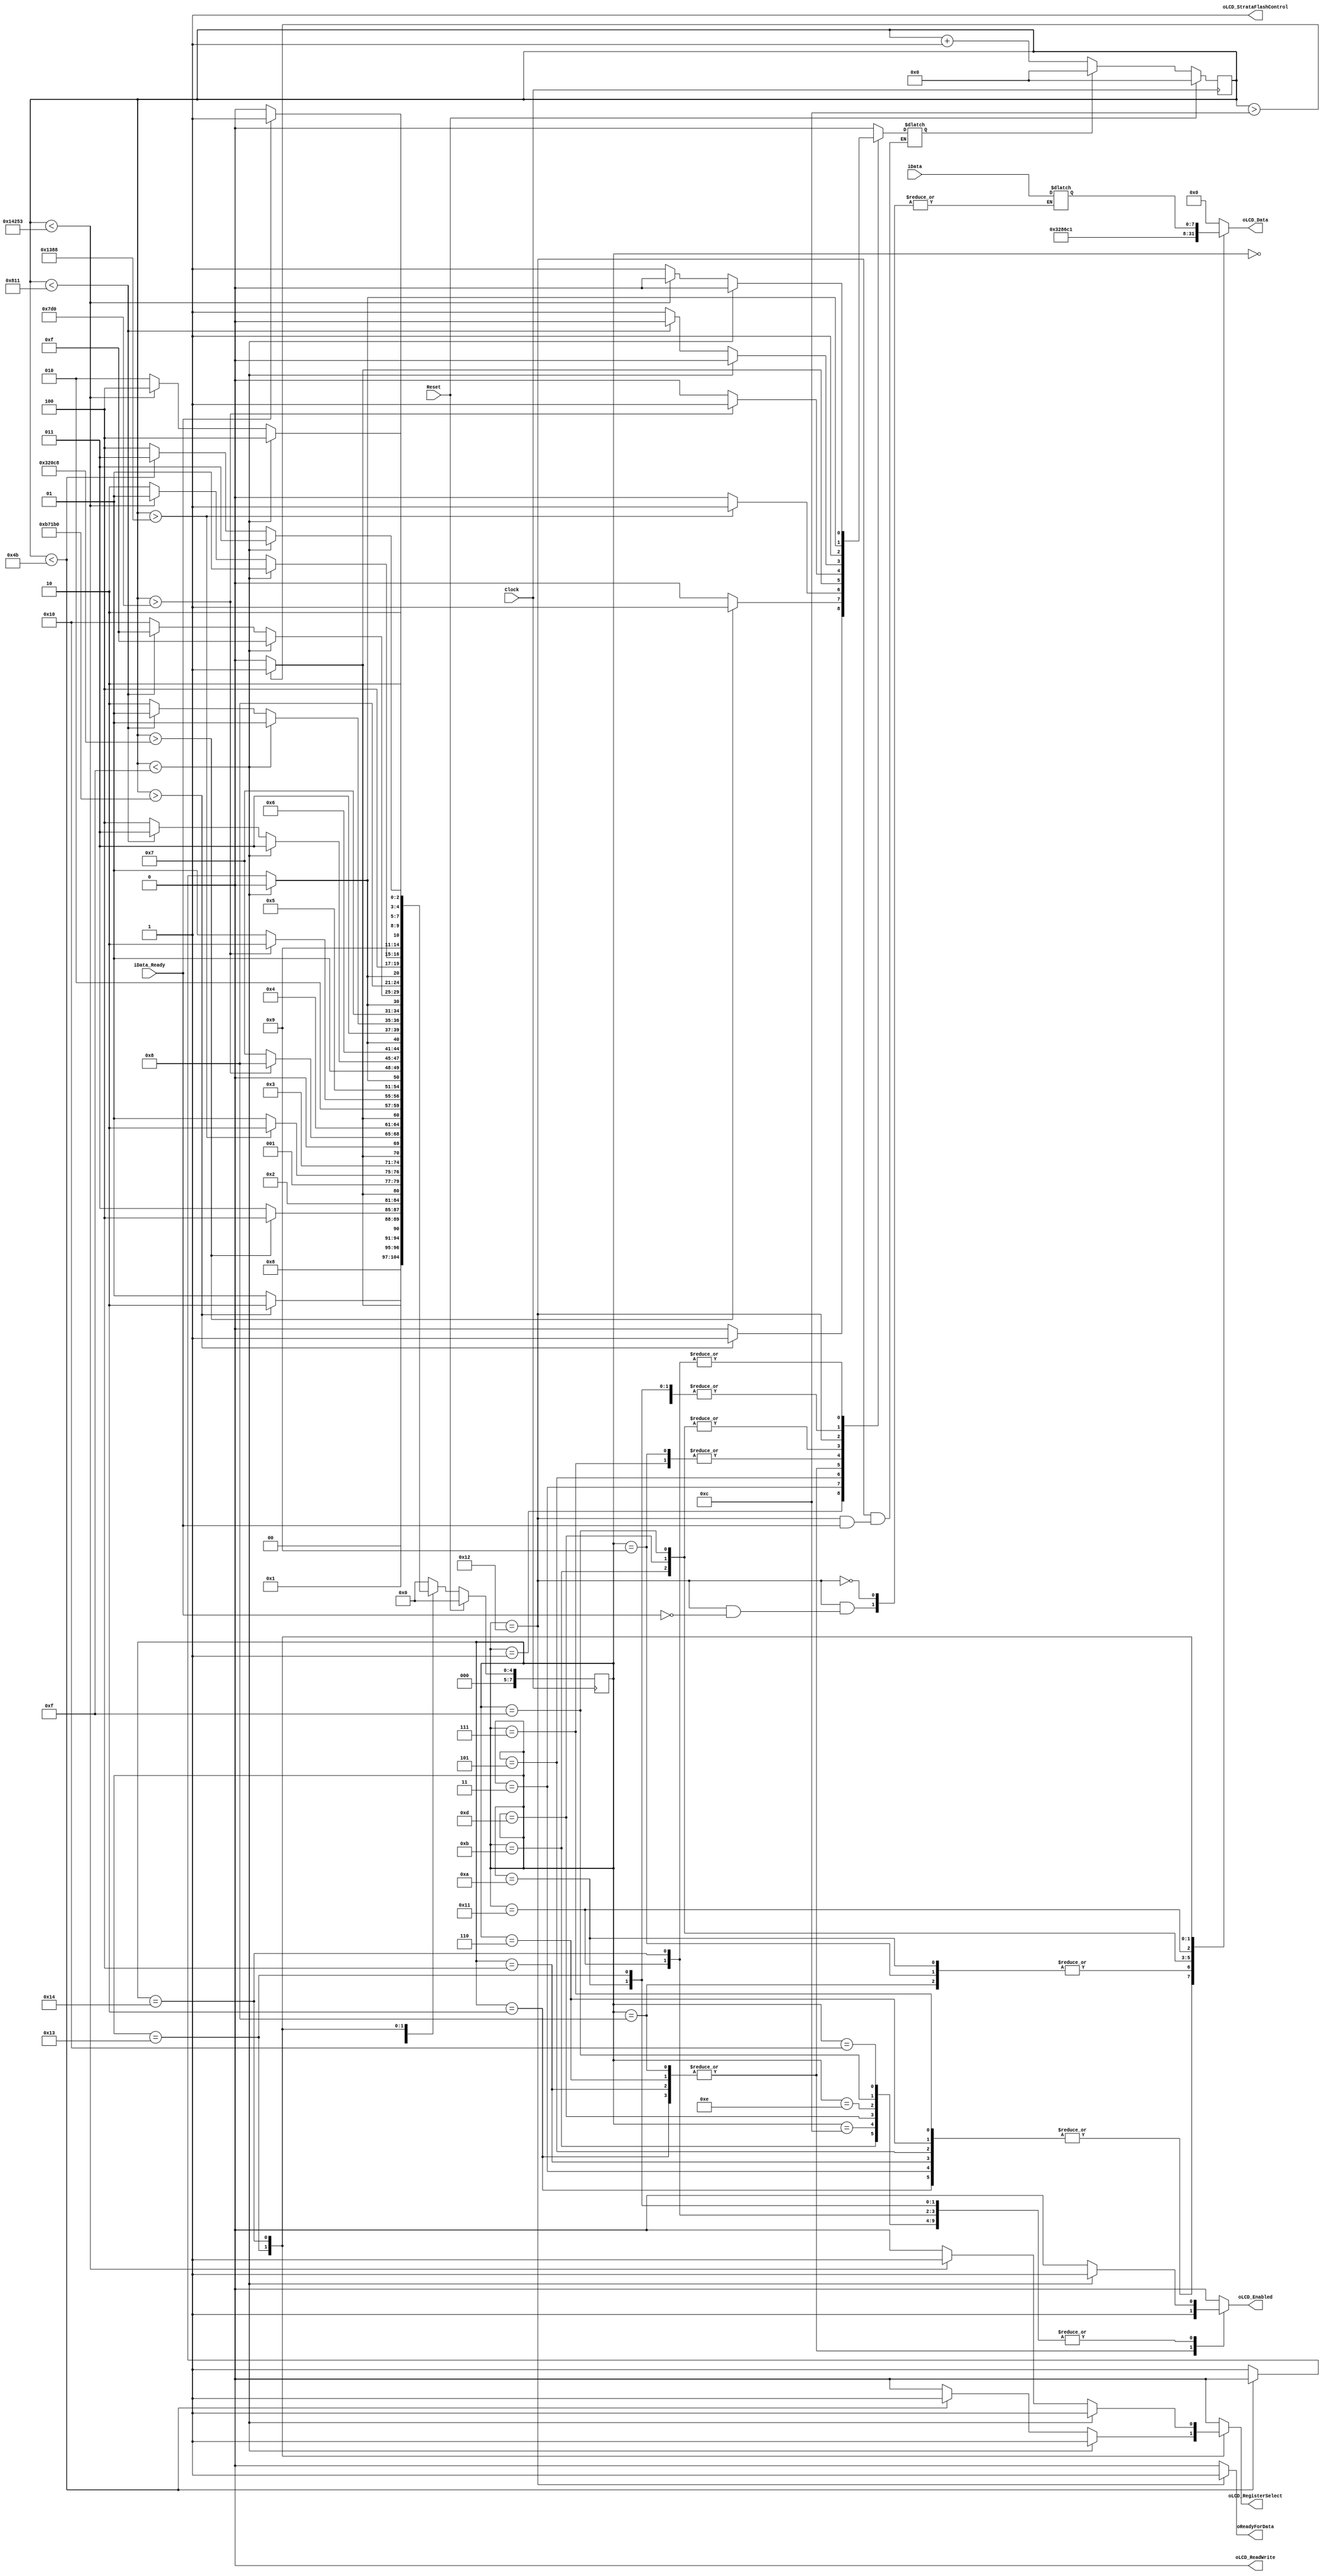
`timescale 1ns / 1ps
`define STATE_RESET 				0
`define STATE_POWERON_INIT_0 		1
`define STATE_POWERON_INIT_1 		2
`define STATE_POWERON_INIT_2 		3
`define STATE_POWERON_INIT_3 		4
`define STATE_POWERON_INIT_4 		5
`define STATE_POWERON_INIT_5 		6
`define STATE_POWERON_INIT_6 		7
`define STATE_POWERON_INIT_7 		8
`define STATE_POWERON_INIT_8 		9
`define FUNCTION_SET_UPPER_BITS		10
`define FUNCTION_SET_LOWER_BITS		11
`define ENTRY_MODE_UPPER_BITS		12
`define ENTRY_MODE_LOWER_BITS		13
`define DISPLAY_CONTROL_UPPER_BITS	14
`define DISPLAY_CONTROL_LOWER_BITS	15
`define DISPLAY_CLEAR_UPPER_BITS	16
`define DISPLAY_CLEAR_LOWER_BITS	17
`define WAIT_FOR_DATA_STATE			18
`define OUTPUT_DATA_UPPER_BITS		19
`define OUTPUT_DATA_LOWER_BITS		20


///////////////////////////////////////////////////////////////////////////////////////////////////////////
///// MODULE: Module_LCD_Control
///////////////////////////////////////////////////////////////////////////////////////////////////////////

module Module_LCD_Control
(
	input wire	 		Clock,							// 	Runs @50MHz
	input wire 			Reset,							// 	Resets state machine, and counter
	output wire 		oLCD_Enabled,					// 	Read/Write Enable Pulse -||- 0: Disabled -||- 1: Read/Write operation enabled
	output reg 			oLCD_RegisterSelect, 			// 	Register Select 0=Command, 1=Data || 0: Instruction register during write operations. Busy Flash during read operations -- 1: Data for read or write operations
	output wire 		oLCD_StrataFlashControl,		//	
	output wire 		oLCD_ReadWrite,					// 	Read/Write Control 0: WRITE, LCD accepts data 1: READ, LCD presents data || ALWAYS WRITE
	output reg[3:0] 	oLCD_Data,						// 	4 BIT Data OutPut to LCD Display
	input wire[7:0]	iData,							// 	8 BIT Data to be shown on the LCD screen
	output reg			oReadyForData,					// 	Flag that indicates wheter or not the controller is ready to print data
	input wire 			iData_Ready						// 	Flag that indicates that the data is ready to be acepted by controller
);


///////////////////////////////////////////////////////////////////////////////////////////////////////////
///// Variables ///////////////////////////////////////////////////////////////////////////////////////////
reg rWrite_Enabled;						// Enable
assign oLCD_ReadWrite = 0; 			// I only Write to the LCD display, never Read from it
assign oLCD_StrataFlashControl = 1; 	// StrataFlash disabled. Full read/write access to LCD
reg [7:0] rCurrentState,rNextState;		// Current and NextState 
reg [31:0] rTimeCount;					// Time counter
reg rTimeCountReset;					// Reset time counter
reg [7:0] rStored_Data;					// FF that save the data input 
///////////////////////////////////////////////////////////////////////////////////////////////////////////
assign oLCD_Enabled = rWrite_Enabled;
//----------------------------------------------------------------------//
//	Next State and delay logic
always @ ( posedge Clock )
begin
	if (Reset)
		begin
			rCurrentState <= `STATE_RESET;
			rTimeCount <= 32'b0;
		end
	else
		begin
			// Time increasing logic
			if (rTimeCountReset)
				rTimeCount <= 32'b0;
			else
				rTimeCount <= rTimeCount + 32'b1;
			// Move on to next state
			rCurrentState <= rNextState;
	end
end
//----------------------------------------------------------------------//


//----------------------------------------------------------------------//
//Current state and output logic
always @ ( * )
begin
	case (rCurrentState)
		//--------------------------------------------------------------
		/*
			Resets the state machine. Sets all signals to 0.
		*/
		`STATE_RESET:
			begin
				oReadyForData = 0;
				rWrite_Enabled = 1'b0;
				oLCD_Data = 4'h0;
				oLCD_RegisterSelect = 1'b0;
				rTimeCountReset = 1'b0;
				rNextState = `STATE_POWERON_INIT_0;
			end
		//--------------------------------------------------------------
		/*
			Wait 15 ms or longer.
			The 15 ms interval is 750,000 clock cycles at 50 MHz.
		*/
		`STATE_POWERON_INIT_0:
			begin
				oReadyForData = 0;
				rWrite_Enabled = 1'b0;
				oLCD_Data = 4'h0;
				oLCD_RegisterSelect = 1'b0; //these are commands

				if (rTimeCount > 32'd750000 )
					begin
						rTimeCountReset = 1'b1;
						rNextState = `STATE_POWERON_INIT_1;
					end
				else
					begin
						rTimeCountReset = 1'b0;
						rNextState = `STATE_POWERON_INIT_0;
				end
			end
		//--------------------------------------------------------------
		/*
			Write SF_D<11:8> = 0x3, pulse LCD_E High for 12 clock cycles
		*/
		`STATE_POWERON_INIT_1:
			begin
				oReadyForData = 0;
				rWrite_Enabled = 1'b1;
				oLCD_Data = 4'h3;
				oLCD_RegisterSelect = 1'b0; //these are commands
				//rTimeCountReset = 1'b1;
				if ( rTimeCount > 32'd12 )
					begin
						rNextState = `STATE_POWERON_INIT_2;
						rTimeCountReset = 1'b1;
					end
				else
					begin
						rNextState = `STATE_POWERON_INIT_1;
						rTimeCountReset = 1'b0;
					end
			end
		//--------------------------------------------------------------
		/*
			Wait 4.1 ms or longer, which is 205,000 clock cycles at 50 MHz.
		*/
		`STATE_POWERON_INIT_2:
			begin
				oReadyForData = 0;
				rWrite_Enabled = 1'b0;
				oLCD_Data = 4'h3;
				oLCD_RegisterSelect = 1'b0; //these are commands
				if (rTimeCount > 32'd205000 )
					begin
						rTimeCountReset = 1'b1;
						rNextState = `STATE_POWERON_INIT_3;
					end
				else
					begin
						rTimeCountReset = 1'b0;
						rNextState = `STATE_POWERON_INIT_2;
					end
			end

		//--------------------------------------------------------------
		/*
			Write SF_D<11:8> = 0x3, pulse LCD_E High for 12 clock cycles
		*/
		`STATE_POWERON_INIT_3:
			begin
				oReadyForData = 0;
				rWrite_Enabled = 1'b1;
				oLCD_Data = 4'h3;
				oLCD_RegisterSelect = 1'b0; //these are commands
				// Loop 
				if ( rTimeCount > 32'd12 )
					begin
						rNextState = `STATE_POWERON_INIT_4;
						rTimeCountReset = 1'b1;
					end
				else
					begin
						rNextState = `STATE_POWERON_INIT_3;
						rTimeCountReset = 1'b0;
					end
			end
		
		//--------------------------------------------------------------
		/*
			Wait 100 us or longer, which is 5,000 clock cycles at 50 MHz.
		*/
		`STATE_POWERON_INIT_4:
			begin
				oReadyForData = 0;
				rWrite_Enabled = 1'b0;
				oLCD_Data = 4'h3;
				oLCD_RegisterSelect = 1'b0; //these are commands
				if (rTimeCount > 32'd5000 )
					begin
						rTimeCountReset = 1'b1;
						rNextState = `STATE_POWERON_INIT_5;
					end
				else
					begin
						rTimeCountReset = 1'b0;
						rNextState = `STATE_POWERON_INIT_4;
					end
			end

		//--------------------------------------------------------------
		/*
			Write SF_D<11:8> = 0x3, pulse LCD_E High for 12 clock cycles
		*/
		`STATE_POWERON_INIT_5:
			begin
				oReadyForData = 0;
				rWrite_Enabled = 1'b1;
				oLCD_Data = 4'h3;
				oLCD_RegisterSelect = 1'b0; //these are commands
				//rTimeCountReset = 1'b1;
				// Loop 
				if ( rTimeCount > 32'd12 )
					begin
						rNextState = `STATE_POWERON_INIT_6;
						rTimeCountReset = 1'b1;
					end
				else
					begin
						rNextState = `STATE_POWERON_INIT_5;
						rTimeCountReset = 1'b0;
					end
			end
			
		//--------------------------------------------------------------
		/*
			Wait 40 us or longer, which is 2,000 clock cycles at 50 MHz.
		*/
		`STATE_POWERON_INIT_6:
			begin
				oReadyForData = 0;
				rWrite_Enabled = 1'b0;
				oLCD_Data = 4'h3;
				oLCD_RegisterSelect = 1'b0; //these are commands
				if (rTimeCount > 32'd2000 )
					begin
						rTimeCountReset = 1'b1;
						rNextState = `STATE_POWERON_INIT_7;
					end
				else
					begin
						rTimeCountReset = 1'b0;
						rNextState = `STATE_POWERON_INIT_6;
					end
			end
			
		//--------------------------------------------------------------
		/*
			Write SF_D<11:8> = 0x2, pulse LCD_E High for 12 clock cycles
		*/
		`STATE_POWERON_INIT_7:
			begin
				oReadyForData = 0;
				rWrite_Enabled = 1'b1;
				oLCD_Data = 4'h2;
				oLCD_RegisterSelect = 1'b0; //these are commands
				//rTimeCountReset = 1'b1;
				// Loop 
				if ( rTimeCount > 32'd12 )
					begin
						rNextState = `STATE_POWERON_INIT_8;
						rTimeCountReset = 1'b1;
					end
				else
					begin
						rNextState = `STATE_POWERON_INIT_7;
						rTimeCountReset = 1'b0;
					end
			end
			
		//--------------------------------------------------------------
		/*
			Wait 40 us or longer, which is 2,000 clock cycles at 50 MHz.
		*/
		`STATE_POWERON_INIT_8:
			begin
				oReadyForData = 0;
				rWrite_Enabled = 1'b0;
				oLCD_Data = 4'h2;
				oLCD_RegisterSelect = 1'b0; //these are commands
				if (rTimeCount > 32'd2000 )
					begin
						rTimeCountReset = 1'b1; 			// Start counting for next state
						rNextState = `FUNCTION_SET_UPPER_BITS;
					end
				else
					begin
						rTimeCountReset = 1'b0;
						rNextState = `STATE_POWERON_INIT_8;
					end
			end
		/////////////////////////////////////////////////////////////////////////////////////////////////////////////
		////// CONFIGURATION STEPS || II PART
		/////////////////////////////////////////////////////////////////////////////////////////////////////////////
		/*
			START OF II PART OF CONFIGURATION. STEPS:
				- FUNCTION_SET: 	Write HEX 28 
				- DATA_ENTRY:		Write HEX 06
				- DISPLAY_CONTROL:	Write HEX 0C
				- DISPLAY_CLEAR:	Write HEX 01
				
			** Note: They are all done by the 8bit-write 
		*/ 
		//////////////////////////////////////////////////////////////// 
		/////  FUNCTION_SET_UPPER_BITS
		`FUNCTION_SET_UPPER_BITS:
		/*
			FUNCTION_SET:
				Sends HEX 28 though a 8bit-write method. Sends upper bits, 
				then lower bits. 
				
			Upper Bits:
				Sends HEX 2, and keeps rWrite_Enabled = 1, through 15 cycles, then
				lowers it and waits for >1us (60 cycles ~ 1.2us)
		*/
			begin
				oReadyForData = 0;
				oLCD_Data = 4'h2;		// Write data HEX 2
				if (rTimeCount < 32'd15 ) 		// First 15 cycles -> Send first data
					begin
						rTimeCountReset = 1'b0; // Keep counting
						rWrite_Enabled = 1'b1;	// Write data HEX 2
						oLCD_RegisterSelect = 1'b0; //these are commands
						rNextState = `FUNCTION_SET_UPPER_BITS;
					end
				else if( rTimeCount < 32'd75 ) 	// Wait 1.2us (counting the first 15 cycles).
					begin
						rTimeCountReset = 1'b0;		// Keep counting
						rWrite_Enabled = 1'b0;		// We are waiting
						oLCD_RegisterSelect = 1'b0; // These are commands
						rNextState = `FUNCTION_SET_UPPER_BITS; // Keep looping
					end
				else 	// Move on to next state
					begin
						rTimeCountReset = 1'b1; 	// Reset timer
						rWrite_Enabled = 1'b0;  	// Not enabled 
						oLCD_RegisterSelect = 1'b0; // These are commands 
						rNextState = `FUNCTION_SET_LOWER_BITS; // Next state to sent lower bits
					end
			end
		////////////////////////////////////////////////////////////////
		///// FUNCTION_SET_LOWER_BITS
		`FUNCTION_SET_LOWER_BITS:
		/*
			FUNCTION_SET:
				Sends HEX 28 though a 8bit-write method. Sends upper bits, 
				then lower bits. 
				
			LOWER Bits:
				Sends HEX 8, and keeps rWrite_Enabled = 1, through 15 cycles, then
				lowers it and waits for >40us (2050 cycles ~ 41us)
		*/
			begin
				oReadyForData = 0;
				oLCD_Data = 4'h8;		// Write data HEX 8
				if (rTimeCount < 32'd15 ) 		// First 15 cycles -> Send first data
					begin
						rTimeCountReset = 1'b0; // Keep counting
						rWrite_Enabled = 1'b1;	// Write data HEX 8
						oLCD_RegisterSelect = 1'b0; //these are commands
						rNextState = `FUNCTION_SET_LOWER_BITS;
					end
				else if( rTimeCount < 32'd2065 ) 	// Wait 41us (counting the first 15 cycles).
					begin
						rTimeCountReset = 1'b0;		// Keep counting
						rWrite_Enabled = 1'b0;		// We are waiting
						oLCD_RegisterSelect = 1'b0; // These are commands
						rNextState = `FUNCTION_SET_LOWER_BITS; // Keep looping
					end
				else 	// Move on to next state
					begin
						rTimeCountReset = 1'b1; 	// Reset timer
						rWrite_Enabled = 1'b0;  	// Not enabled 
						oLCD_RegisterSelect = 1'b0; // These are commands 
						rNextState = `ENTRY_MODE_UPPER_BITS; // Next state to sent lower bits
					end
			end
		//////////////////////////////////////////////////////////////// 
		/////  ENTRY_MODE_UPPER_BITS
		`ENTRY_MODE_UPPER_BITS:
		/*
			ENTRY_MODE:
				Sends HEX 06 though a 8bit-write method. Sends upper bits, 
				then lower bits. 
				
			Upper Bits:
				Sends HEX 0, and keeps rWrite_Enabled = 1, through 15 cycles, then
				lowers it and waits for >1us (60 cycles ~ 1.2us)
		*/
			begin
				oReadyForData = 0;
				oLCD_Data = 4'h0;		// Write data HEX 0
				if (rTimeCount < 32'd15 ) 		// First 15 cycles -> Send first data
					begin
						rTimeCountReset = 1'b0; // Keep counting
						rWrite_Enabled = 1'b1;	// Write data HEX 0
						oLCD_RegisterSelect = 1'b0; //these are commands
						rNextState = `ENTRY_MODE_UPPER_BITS;
					end
				else if( rTimeCount < 32'd75 ) 	// Wait 1.2us (counting the first 15 cycles).
					begin
						rTimeCountReset = 1'b0;		// Keep counting
						rWrite_Enabled = 1'b0;		// We are waiting
						oLCD_RegisterSelect = 1'b0; // These are commands
						rNextState = `ENTRY_MODE_UPPER_BITS; // Keep looping
					end
				else 	// Move on to next state
					begin
						rTimeCountReset = 1'b1; 	// Reset timer
						rWrite_Enabled = 1'b0;  	// Not enabled 
						oLCD_RegisterSelect = 1'b0; // These are commands 
						rNextState = `ENTRY_MODE_LOWER_BITS; // Next state ENTRY_MODE
					end
			end
		////////////////////////////////////////////////////////////////
		///// ENTRY_MODE_LOWER__BITS
		`ENTRY_MODE_LOWER_BITS:
		/*
			ENTRY_MODE:
				Sends HEX 06 though a 8bit-write method. Sends upper bits, 
				then lower bits. 
				
			LOWER Bits:
				Sends HEX 6, and keeps rWrite_Enabled = 1, through 15 cycles, then
				lowers it and waits for >40us (2050 cycles ~ 41us)
		*/
			begin
				oReadyForData = 0;	
				oLCD_Data = 4'h6;		// Write data HEX 6
				if (rTimeCount < 32'd15 ) 		// First 15 cycles -> Send first data
					begin
						rTimeCountReset = 1'b0; // Keep counting
						rWrite_Enabled = 1'b1;	// Write data HEX 6
						oLCD_RegisterSelect = 1'b0; //these are commands
						rNextState = `ENTRY_MODE_LOWER_BITS;
					end
				else if( rTimeCount < 32'd2065 ) 	// Wait 41us (counting the first 15 cycles).
					begin
						rTimeCountReset = 1'b0;		// Keep counting
						rWrite_Enabled = 1'b0;		// We are waiting
						oLCD_RegisterSelect = 1'b0; // These are commands
						rNextState = `ENTRY_MODE_LOWER_BITS; // Keep looping
					end
				else 	// Move on to next state
					begin
						rTimeCountReset = 1'b1; 	// Reset timer
						rWrite_Enabled = 1'b0;  	// Not enabled 
						oLCD_RegisterSelect = 1'b0; // These are commands 
						rNextState = `DISPLAY_CONTROL_UPPER_BITS; // Next state DISPLAY_CONTROL
					end
			end
		//////////////////////////////////////////////////////////////// 
		/////  DISPLAY_CONTROL_UPPER_BITS
		`DISPLAY_CONTROL_UPPER_BITS:
		/*
			DISPLAY_CONTROL:
				Sends HEX 0C though a 8bit-write method. Sends upper bits, 
				then lower bits. 
				
			Upper Bits:
				Sends HEX 0, and keeps rWrite_Enabled = 1, through 15 cycles, then
				lowers it and waits for >1us (60 cycles ~ 1.2us)
		*/
			begin
				oReadyForData = 0;
				oLCD_Data = 4'h0;		// Write data HEX 0
				if (rTimeCount < 32'd15 ) 		// First 15 cycles -> Send first data
					begin
						rTimeCountReset = 1'b0; // Keep counting
						rWrite_Enabled = 1'b1;	// Write data HEX 0
						oLCD_RegisterSelect = 1'b0; //these are commands
						rNextState = `DISPLAY_CONTROL_UPPER_BITS;
					end
				else if( rTimeCount < 32'd75 ) 	// Wait 1.2us (counting the first 15 cycles).
					begin
						rTimeCountReset = 1'b0;		// Keep counting
						rWrite_Enabled = 1'b0;		// We are waiting
						oLCD_RegisterSelect = 1'b0; // These are commands
						rNextState = `DISPLAY_CONTROL_UPPER_BITS; // Keep looping
					end
				else 	// Move on to next state
					begin
						rTimeCountReset = 1'b1; 	// Reset timer
						rWrite_Enabled = 1'b0;  	// Not enabled 
						oLCD_RegisterSelect = 1'b0; // These are commands 
						rNextState = `DISPLAY_CONTROL_LOWER_BITS; // Next state to sent lower bits
					end
			end
		////////////////////////////////////////////////////////////////
		///// DISPLAY_CONTROL_LOWER_BITS
		`DISPLAY_CONTROL_LOWER_BITS:
		/*
			DISPLAY_CONTROL:
				Sends HEX 0C though a 8bit-write method. Sends upper bits, 
				then lower bits. 
				
			LOWER Bits:
				Sends HEX C, and keeps rWrite_Enabled = 1, through 15 cycles, then
				lowers it and waits for >40us (2050 cycles ~ 41us)
		*/
			begin
				oReadyForData = 0;
				oLCD_Data = 4'hC;		// Write data HEX C
				if (rTimeCount < 32'd15 ) 		// First 15 cycles -> Send first data
					begin
						rTimeCountReset = 1'b0; // Keep counting
						rWrite_Enabled = 1'b1;	// Write data HEX C
						oLCD_RegisterSelect = 1'b0; //these are commands
						rNextState = `DISPLAY_CONTROL_LOWER_BITS;
					end
				else if( rTimeCount < 32'd2065 ) 	// Wait 41us (counting the first 15 cycles).
					begin
						rTimeCountReset = 1'b0;		// Keep counting
						rWrite_Enabled = 1'b0;		// We are waiting
						oLCD_RegisterSelect = 1'b0; // These are commands
						rNextState = `DISPLAY_CONTROL_LOWER_BITS; // Keep looping
					end
				else 	// Move on to next state
					begin
						rTimeCountReset = 1'b1; 	// Reset timer
						rWrite_Enabled = 1'b0;  	// Not enabled 
						oLCD_RegisterSelect = 1'b0; // These are commands 
						rNextState = `DISPLAY_CLEAR_UPPER_BITS; // Next state DISPLAY_CLEAR
					end
			end
		//////////////////////////////////////////////////////////////// 
		/////  DISPLAY_CLEAR_UPPER_BITS
		`DISPLAY_CLEAR_UPPER_BITS:
		/*
			DISPLAY_CLEAR:
				Sends HEX 01 though a 8bit-write method. Sends upper bits, 
				then lower bits. 
				
			Upper Bits:
				Sends HEX 0, and keeps rWrite_Enabled = 1, through 15 cycles, then
				lowers it and waits for >1us (60 cycles ~ 1.2us)
		*/
			begin
				oReadyForData = 0;
				oLCD_Data = 4'h0;		// Write data HEX 0
				if (rTimeCount < 32'd15 ) 		// First 15 cycles -> Send first data
					begin
						rTimeCountReset = 1'b0; // Keep counting
						rWrite_Enabled = 1'b1;	// Write data HEX 0
						oLCD_RegisterSelect = 1'b0; //these are commands
						rNextState = `DISPLAY_CLEAR_UPPER_BITS;
					end
				else if( rTimeCount < 32'd75 ) 	// Wait 1.2us (counting the first 15 cycles).
					begin
						rTimeCountReset = 1'b0;		// Keep counting
						rWrite_Enabled = 1'b0;		// We are waiting
						oLCD_RegisterSelect = 1'b0; // These are commands
						rNextState = `DISPLAY_CLEAR_UPPER_BITS; // Keep looping
					end
				else 	// Move on to next state
					begin
						rTimeCountReset = 1'b1; 	// Reset timer
						rWrite_Enabled = 1'b0;  	// Not enabled 
						oLCD_RegisterSelect = 1'b0; // These are commands 
						rNextState = `DISPLAY_CLEAR_LOWER_BITS; // Next state to sent lower bits
					end
			end
		////////////////////////////////////////////////////////////////
		///// DISPLAY_CONTROL_LOWER_BITS
		`DISPLAY_CLEAR_LOWER_BITS:
		/*
			DISPLAY_CLEAR:
				Sends HEX 01 though a 8bit-write method. Sends upper bits, 
				then lower bits. 
				
			LOWER Bits:
				Sends HEX 1, and keeps rWrite_Enabled = 1, through 15 cycles, then
				lowers it and waits for >1.65ms (82500 cycles ~ 41us)
		*/
			begin
				oReadyForData = 0;
				oLCD_Data = 4'h1;		// Write data HEX 1
				if (rTimeCount < 32'd15 ) 		// First 15 cycles -> Send first data
					begin
						rTimeCountReset = 1'b0; // Keep counting
						rWrite_Enabled = 1'b1;	// Write data HEX 1
						
						oLCD_RegisterSelect = 1'b0; //these are commands
						rNextState = `DISPLAY_CLEAR_LOWER_BITS;
					end
				else if( rTimeCount < 32'd82515 ) // Wait 1.65ms (counting the first 15 cycles).
					begin
						rTimeCountReset = 1'b0;		// Keep counting
						rWrite_Enabled = 1'b0;		// We are waiting
						oLCD_RegisterSelect = 1'b0; // These are commands
						rNextState = `DISPLAY_CLEAR_LOWER_BITS; // Keep looping
					end
				else 	// Move on to next state
					begin
						rTimeCountReset = 1'b1; 	// Reset timer
						rWrite_Enabled = 1'b0;  	// Not enabled 
						oLCD_RegisterSelect = 1'b0; // These are commands 
						rNextState = `WAIT_FOR_DATA_STATE; // Next state WAIT FOR DATA
					end
			end
		////////////////////////////////////////////////////////////////
		///// WAIT FOR DATA
		/*
			- State where the controller is ready to receive data from ALU
			- Implements a HANDSHAKE protocol to receive given data
		*/
		`WAIT_FOR_DATA_STATE:
			begin
				oLCD_Data = 4'h0;		// Write data HEX 1
				oReadyForData = 1;			// We are ready to acept data
				rWrite_Enabled = 1'b0;  	// Not writting yet
				oLCD_RegisterSelect = 1'b0; // Doesnt matter, LCD is not enabled
				if(iData_Ready) 
					begin
						rStored_Data = iData;					// Store data in FF
						rNextState = `OUTPUT_DATA_UPPER_BITS;	// Move on to display data
					end
				else 
					begin
						rTimeCountReset = 1'b1; 			// Start counting for next state
						rNextState = `WAIT_FOR_DATA_STATE;	// We keep waiting for data
					end
			end
		////////////////////////////////////////////////////////////////
		///// OUTPUT_DATA_UPPER_BITS
		`OUTPUT_DATA_UPPER_BITS:
		/*
			OUTPUT_DATA:
				Sends the data read in rStored_Data, upper bits first, then
				lower bits.
				
			UPPER Bits:
				Sends rStored_Data[7:4], and keeps rWrite_Enabled = 1, through 15 cycles, then
				lowers it and waits for 1.2us > (60 cycles)		
		*/
			begin
				oLCD_Data = rStored_Data[7:4];	// Write upper bits of data
				oReadyForData = 0; 				// Will not receive data, untill we are done showing
				if (rTimeCount < 32'd15 ) 		// First 15 cycles -> Send first data
					begin
						rTimeCountReset = 1'b0; 		// Keep counting
						rWrite_Enabled = 1'b1;			// Write data HEX 1
						oLCD_RegisterSelect = 1'b1; 	// We are sending DATA NOW!!
						rNextState = `OUTPUT_DATA_UPPER_BITS;
					end
				else if( rTimeCount < 32'd75 ) // Wait 1.2us (counting the first 15 cycles).
					begin
						rTimeCountReset = 1'b0;		// Keep counting
						rWrite_Enabled = 1'b0;		// We are waiting
						oLCD_RegisterSelect = 1'b1; // We are sending DATA NOW!!
						rNextState = `OUTPUT_DATA_UPPER_BITS; // Keep looping
					end
				else 	// Move on to next state
					begin
						rTimeCountReset = 1'b1; 	// Reset timer
						rWrite_Enabled = 1'b0;  	// Not enabled 
						oLCD_RegisterSelect = 1'b0; // These are commands 
						rNextState = `OUTPUT_DATA_LOWER_BITS; // Next state WAIT FOR DATA
					end
			end
		////////////////////////////////////////////////////////////////
		///// OUTPUT_DATA_UPPER_BITS
		`OUTPUT_DATA_LOWER_BITS:
		/*
			OUTPUT_DATA:
				Sends the data read in rStored_Data, upper bits first, then
				lower bits.
				
			LOWER Bits:
				Sends rStored_Data[3:0], and keeps rWrite_Enabled = 1, through 15 cycles, then
				lowers it and waits for 1.2us > (82500 cycles ~ 41us)		
		*/
			begin
				oReadyForData = 0; 				// Will not receive data, untill we are done showing
				oLCD_Data = rStored_Data[3:0];	// Write lower bits of data
				if (rTimeCount < 32'd15 ) 		// First 15 cycles -> Send first data
					begin
						rTimeCountReset = 1'b0; 		// Keep counting
						rWrite_Enabled = 1'b1;			// Write data HEX 1
						
						oLCD_RegisterSelect = 1'b1; 	// We are sending DATA NOW!!
						rNextState = `OUTPUT_DATA_LOWER_BITS;
					end
				else if( rTimeCount < 32'd82515 ) // Wait 41us (counting the first 15 cycles).
					begin
						rTimeCountReset = 1'b0;		// Keep counting
						rWrite_Enabled = 1'b0;		// We are waiting
						oLCD_RegisterSelect = 1'b1; // We are sending DATA NOW!!
						rNextState = `OUTPUT_DATA_LOWER_BITS; // Keep looping
					end
				else 	// Move on to next state
					begin
						rTimeCountReset = 1'b1; 	// Reset timer
						rWrite_Enabled = 1'b0;  	// Not enabled 
						oLCD_RegisterSelect = 1'b0; // These are commands 
						rNextState = `WAIT_FOR_DATA_STATE; // Next state WAIT FOR DATA
					end
			end
		////////////////////////////////////////////////////////////////
		///// DEFAULT CASE
		default:
			begin
				rWrite_Enabled = 1'b0;
				oLCD_Data = 4'h0;
				oLCD_RegisterSelect = 1'b0;
				oReadyForData = 0; 	
				rTimeCountReset = 1'b0;
				rNextState = `STATE_RESET;
			end
		//------------------------------------------
	endcase
end
endmodule